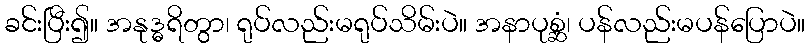
ခင်းပြီး၍။ အနုဒ္ဓရိတွာ၊ ရုပ်လည်းမရုပ်သိမ်းပဲ။ အနာပုစ္ဆံ၊ ပန်လည်းမပန်ပြောပဲ။